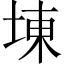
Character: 埬